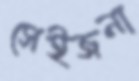
সেইজনা